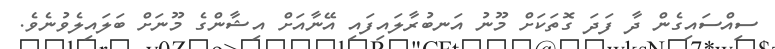
ސިއްސައިގެން ދާ ފަދަ ގޮތަކަށް މޫނު އަނބުރާލައިފައި އޭނާއަށް އިޝާންގެ މޫނަށް ބަލައިލެވުނެވެ.